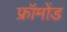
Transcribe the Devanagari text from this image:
फ्रॉमोंड